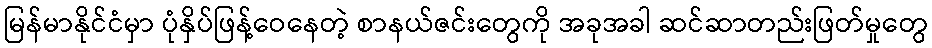
မြန်မာနိုင်ငံမှာ ပုံနှိပ်ဖြန့်ဝေနေတဲ့ စာနယ်ဇင်းတွေကို အခုအခါ ဆင်ဆာတည်းဖြတ်မှုတွေ